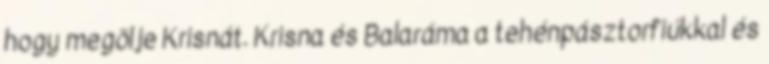
hogy megölje Krisnát. Krisna és Balaráma a tehénpásztorfiúkkal és